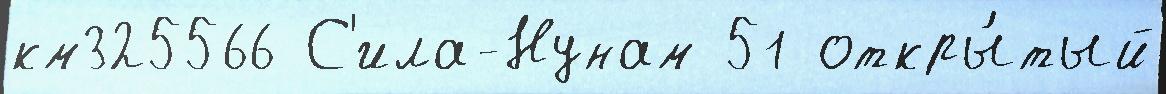
км325566 С'ила-Нунам 51 откры́тый